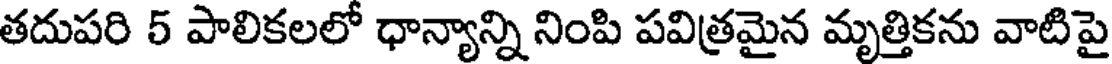
తదుపరి 5 పాలికలలో ధాన్యాన్ని నింపి పవిత్రమైన మృత్తికను వాటిపై